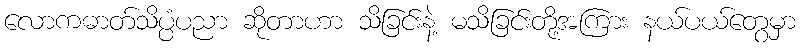
လောကဓာတ်သိပ္ပံပညာ ဆိုတာဟာ သိခြင်းနဲ့ မသိခြင်းတို့အကြား နယ်ပယ်တွေမှာ